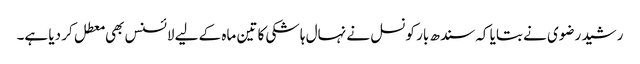
رشید رضوی نے بتایا کہ سندھ بار کونسل نے نہال ہاشکی کا تین ماہ کے لیے لائسنس بھی معطل کر دیا ہے۔